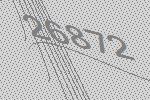
26872